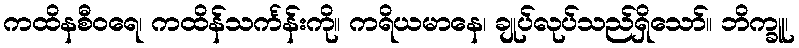
ကထိနစီဝရေ၊ ကထိန်သင်္ကန်းကို။ ကရိယမာနေ၊ ချုပ်လုပ်သည်ရှိသော်။ ဘိက္ခူ၊